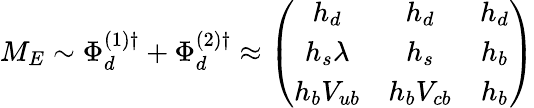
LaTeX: M_{E}\sim\Phi_{d}^{(1)\dagger}+\Phi_{d}^{(2)\dagger}\approx\left(\begin{array}{ccc}{{h_{d}}}&{{h_{d}}}&{{h_{d}}}\\ {{h_{s}\lambda}}&{{h_{s}}}&{{h_{b}}}\\ {{h_{b}V_{ub}}}&{{h_{b}V_{cb}}}&{{h_{b}}}\end{array}\right)